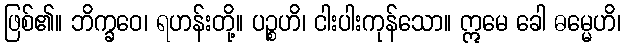
ဖြစ်၏။ ဘိက္ခဝေ၊ ရဟန်းတို့။ ပဉ္စဟိ၊ ငါးပါးကုန်သော။ ဣမေ ခေါ ဓမ္မေဟိ၊